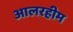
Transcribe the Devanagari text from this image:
आलरहीम